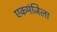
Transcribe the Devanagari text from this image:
एकमंजिला